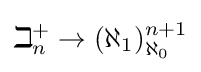
\displaystyle \beth _{n}^{+}\rightarrow (\aleph _{1})_{\aleph _{0}}^{n+1}